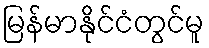
မြန်မာနိုင်ငံတွင်မူ